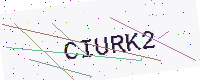
Text: CIURK2